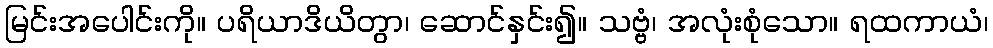
မြင်းအပေါင်းကို။ ပရိယာဒိယိတွာ၊ ဆောင်နှင်း၍။ သဗ္ဗံ၊ အလုံးစုံသော။ ရထကာယံ၊